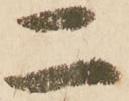
二